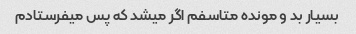
بسیار بد و مونده متاسفم اگر مىشد که پس مىفرستادم